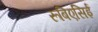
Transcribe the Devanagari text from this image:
रूबिएसिई